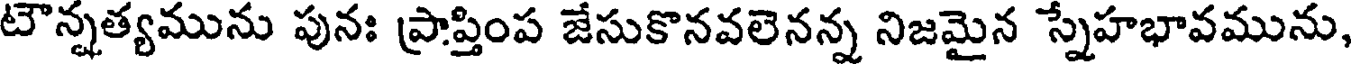
టౌన్నత్యమును పునః ప్రాప్తింప జేసుకొనవలెనన్న నిజమైన స్నేహభావమును,